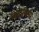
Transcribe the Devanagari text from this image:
बिसाणिया